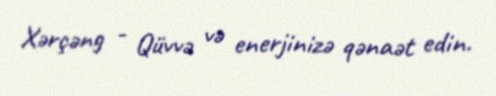
Xərçəng - Qüvvə və enerjinizə qənaət edin.